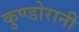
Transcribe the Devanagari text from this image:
कुण्‍डोरानी